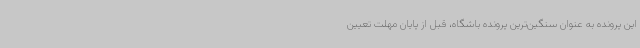
این پرونده به عنوان سنگین‌ترین پرونده باشگاه، قبل از پایان مهلت تعیین